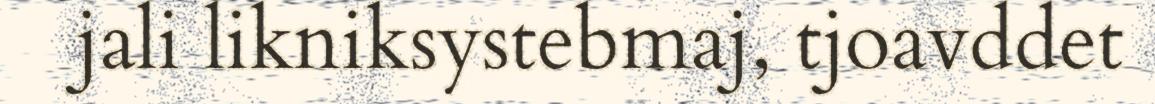
jali likniksystebmaj, tjoavddet